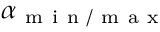
\alpha _ { \mathrm { ~ m ~ i ~ n ~ / ~ m ~ a ~ x ~ } }